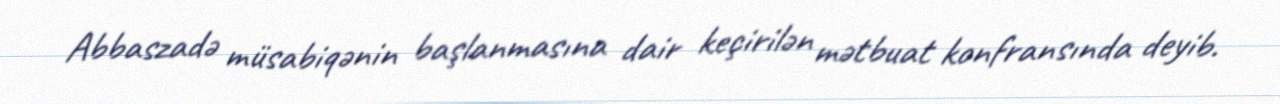
Abbaszadə müsabiqənin başlanmasına dair keçirilən mətbuat konfransında deyib.